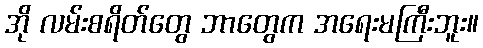
အို လမ်းစရိတ်တွေ ဘာတွေက အရေးမကြီးဘူး။